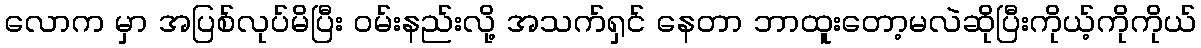
လောက မှာ အပြစ်လုပ်မိပြီး ဝမ်းနည်းလို့ အသက်ရှင် နေတာ ဘာထူးတော့မလဲဆိုပြီးကိုယ့်ကိုကိုယ်